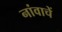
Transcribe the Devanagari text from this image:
नांवाचें